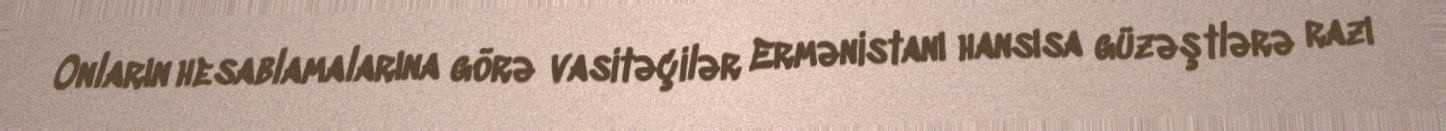
Onların hesablamalarına görə vasitəçilər Ermənistanı hansısa güzəştlərə razı